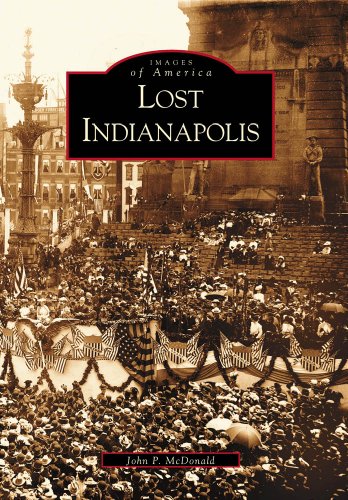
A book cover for Lost  Indianapolis   (IN)  (Images of America); John  McDonald; Travel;